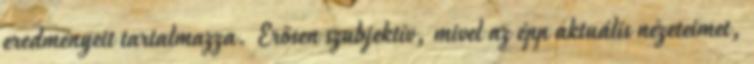
eredményeit tartalmazza. Erősen szubjektív, mivel az épp aktuális nézeteimet,